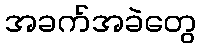
အခက်အခဲတွေ